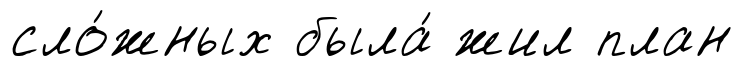
сло́жных была́ жил план